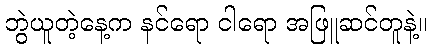
ဘွဲယူတဲ့နေ့က နင်ရော ငါရော အဖြူဆင်တူနဲ့။